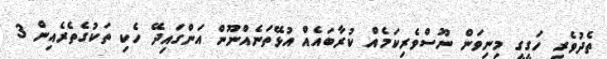
ތެދުވެރި ހަގީގީ މިނިވަން ނޫސްވެރިކަމެއް ކުރާބައެއް އުޅޭތަނެއްނޫން އަންގައިދޭ ހެކި ތަކުގެތެރެއިން 3